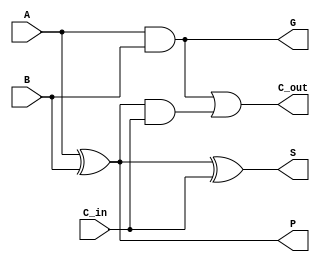
module CLA_Cell (
    input A,
    input B,
    input C_in,
    output G,
    output P,
    output S,
    output C_out
);
    assign G = A & B;          // Generate
    assign P = A ^ B;          // Propagate
    assign S = A ^ B ^ C_in;   // Sum
    assign C_out = G | (P & C_in); // Carry out
endmodule